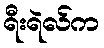
ရီးရဲလ်က